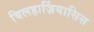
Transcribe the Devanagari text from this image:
बिलहार्ज़ियासिस